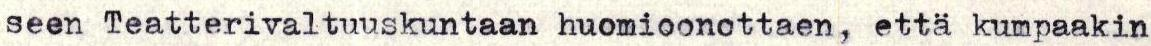
seen Teatterivaltuuskuntaan huomioonottaen, että kumpaakin